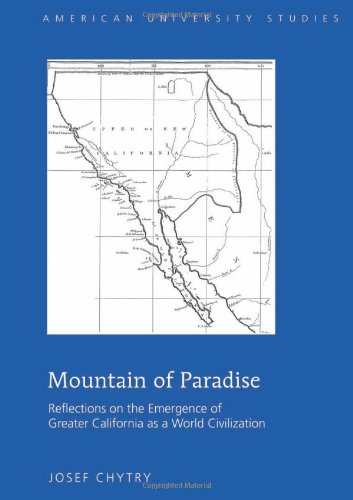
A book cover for Mountain of Paradise: Reflections on the Emergence of Greater California as a World Civilization (American University Studies); Josef Chytry; History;